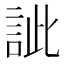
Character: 訿